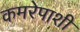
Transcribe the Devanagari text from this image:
कमरेपाशी